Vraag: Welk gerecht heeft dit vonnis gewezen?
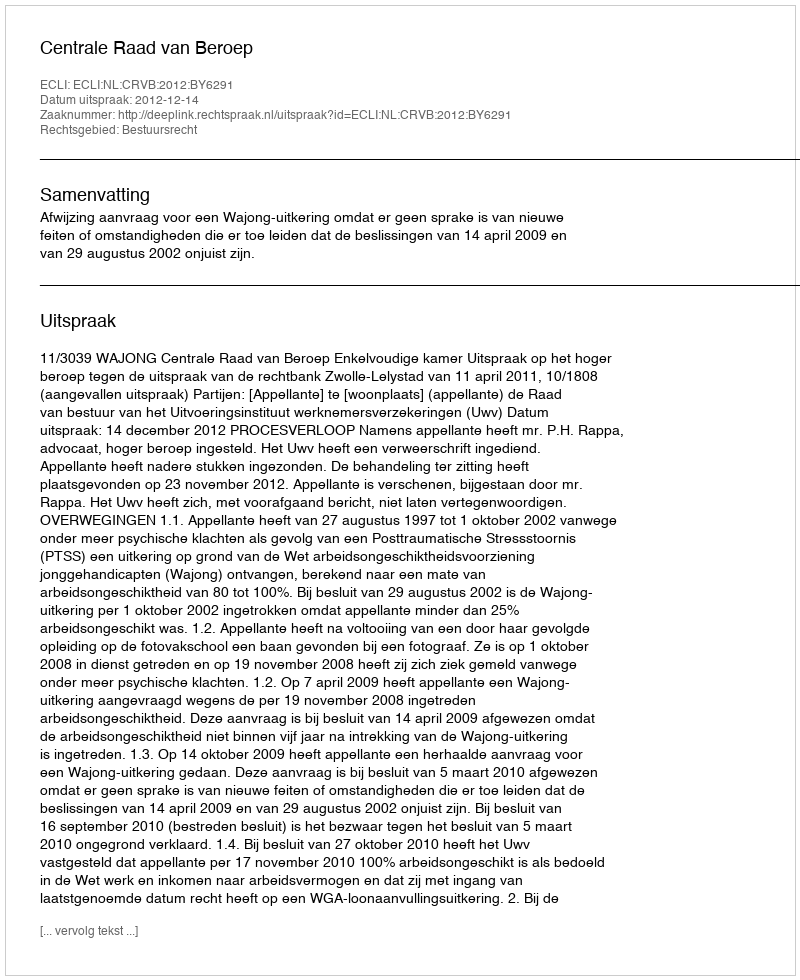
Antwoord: Centrale Raad van Beroep